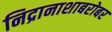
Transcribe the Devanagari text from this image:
निद्रानाशाबरोबर